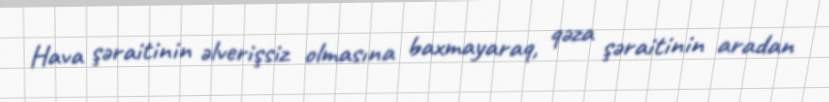
Hava şəraitinin əlverişsiz olmasına baxmayaraq, qəza şəraitinin aradan